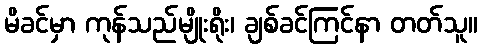
မိခင်မှာ ကုန်သည်မျိုးရိုး၊ ချစ်ခင်ကြင်နာ တတ်သူ။